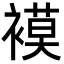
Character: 𮖪